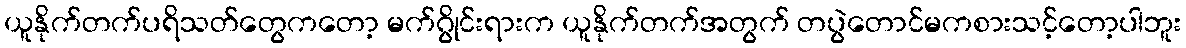
ယူနိုက်တက်ပရိသတ်တွေကတော့ မက်ဂွိုင်းရားက ယူနိုက်တက်အတွက် တပွဲတောင်မကစားသင့်တော့ပါဘူး